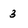
Character: 3